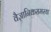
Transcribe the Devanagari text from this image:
वैज्ञानिकसमस्या